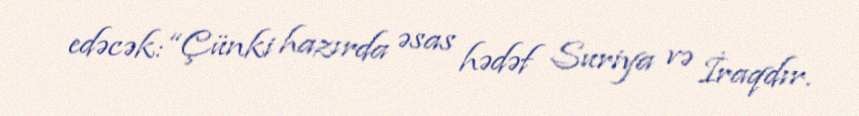
edəcək: “Çünki hazırda əsas hədəf Suriya və İraqdır.